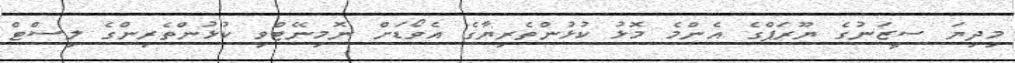
މިދިޔަ ސީޒަނުގެ ޔޫރަޕްގެ އެންމެ މޮޅު ކުޅުންތެރިޔާގެ އެވޯޑަށް ނޮމިނޭޓްވި ކުޅުންތެރިންގެ ލިސްޓް